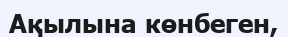
Ақылына көнбеген,